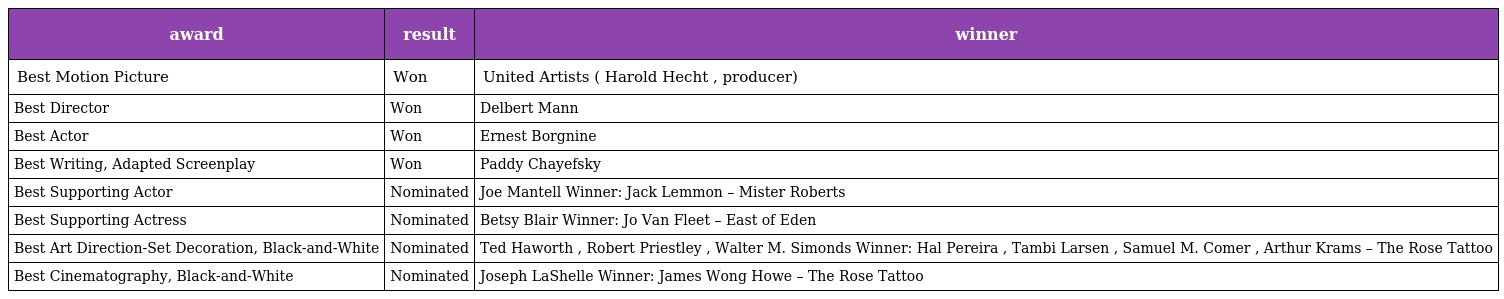
| award | result | winner |
 | --- | --- | --- |
 | Best Motion Picture | Won | United Artists ( Harold Hecht , producer) |
 | Best Director | Won | Delbert Mann |
 | Best Actor | Won | Ernest Borgnine |
 | Best Writing, Adapted Screenplay | Won | Paddy Chayefsky |
 | Best Supporting Actor | Nominated | Joe Mantell Winner: Jack Lemmon – Mister Roberts |
 | Best Supporting Actress | Nominated | Betsy Blair Winner: Jo Van Fleet – East of Eden |
 | Best Art Direction-Set Decoration, Black-and-White | Nominated | Ted Haworth , Robert Priestley , Walter M. Simonds Winner: Hal Pereira , Tambi Larsen , Samuel M. Comer , Arthur Krams – The Rose Tattoo |
 | Best Cinematography, Black-and-White | Nominated | Joseph LaShelle Winner: James Wong Howe – The Rose Tattoo |